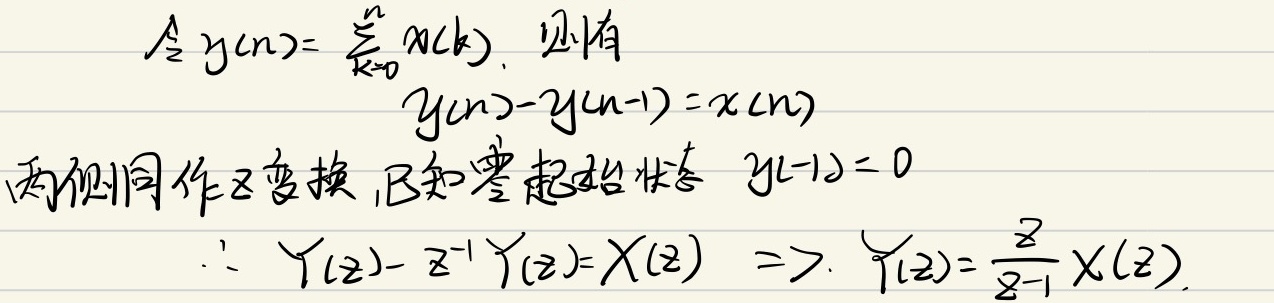
令\(y(n)=\sum_{k = 0}^{n}x(k)\)，则有
\[y(n)-y(n - 1)=x(n)\]
两侧同作\(Z\)变换，已知零起始状态\(y(-1)=0\)
\[\begin{align*}
\therefore Y(z)-z^{-1}Y(z)&=X(z)\\
\Rightarrow Y(z)&=\frac{z}{z - 1}X(z)
\end{align*}\]